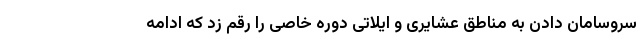
سروسامان دادن به مناطق عشایری و ایلاتی دوره خاصی را رقم زد که ادامه